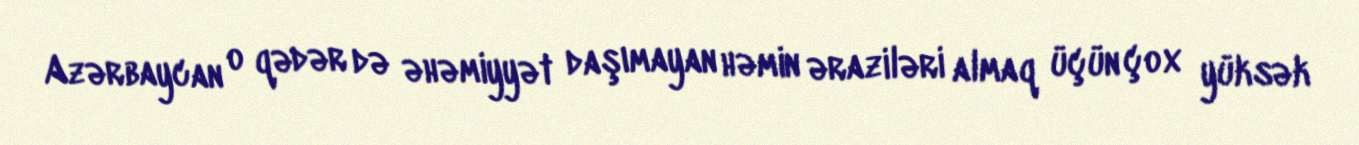
Azərbaycan o qədər də əhəmiyyət daşımayan həmin əraziləri almaq üçün çox yüksək